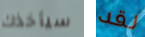
سيأخذك لقد